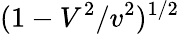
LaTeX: (1-V^{2}/v^{2})^{1/2}